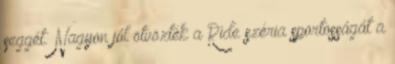
seggét. Nagyon jól ötvözték a Ride széria sportosságát a